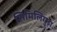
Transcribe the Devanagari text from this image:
सिमिलिगुड़ा